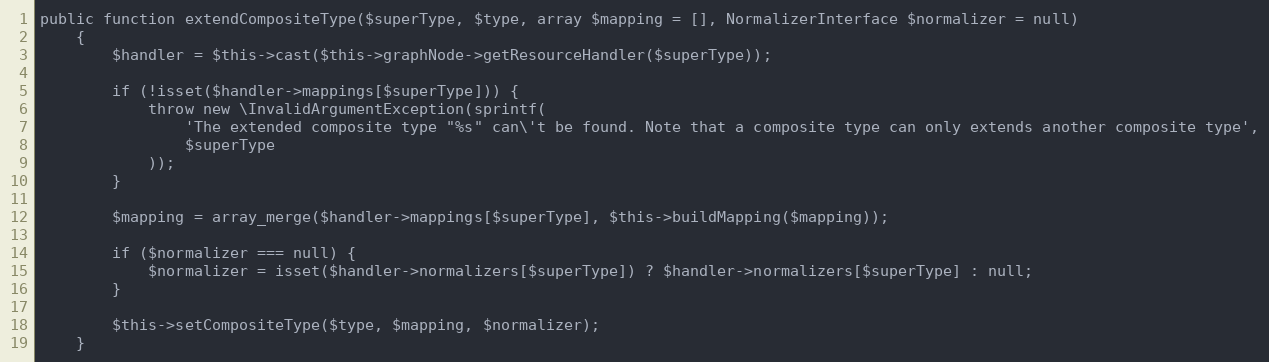
Language: PHP
public function extendCompositeType($superType, $type, array $mapping = [], NormalizerInterface $normalizer = null)
    {
        $handler = $this->cast($this->graphNode->getResourceHandler($superType));

        if (!isset($handler->mappings[$superType])) {
            throw new \InvalidArgumentException(sprintf(
                'The extended composite type "%s" can\'t be found. Note that a composite type can only extends another composite type',
                $superType
            ));
        }

        $mapping = array_merge($handler->mappings[$superType], $this->buildMapping($mapping));

        if ($normalizer === null) {
            $normalizer = isset($handler->normalizers[$superType]) ? $handler->normalizers[$superType] : null;
        }

        $this->setCompositeType($type, $mapping, $normalizer);
    }